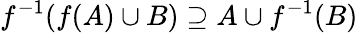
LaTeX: f^{-1}(f(A)\cup B)\supseteq A\cup f^{-1}(B)